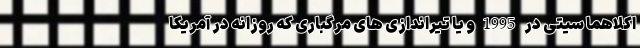
اکلاهما سیتی در 1995و یا تیراندازی های مرگباری که روزانه در آمریکا